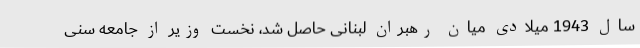
سال 1943 میلادی میان رهبران لبنانی حاصل شد، نخست وزیر از جامعه سنی